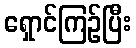
ရှောင်ကြဉ်ပြီး